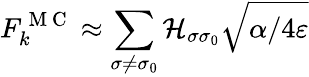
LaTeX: F_{k}^{\mathrm{~M~C~}}\approx\sum_{\sigma\neq\sigma_{0}}\mathcal{H}_{\sigma\sigma_{0}}\sqrt{\alpha/4\varepsilon}